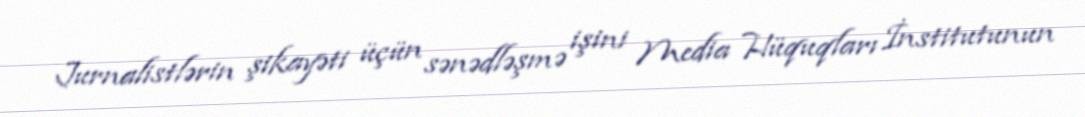
Jurnalistlərin şikayəti üçün sənədləşmə işini Media Hüquqları İnstitutunun